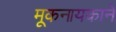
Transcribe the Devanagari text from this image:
मूकनायकाने